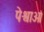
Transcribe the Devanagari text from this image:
पेश्वाओं